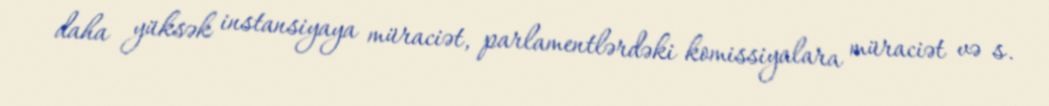
daha yüksək instansiyaya müraciət, parlamentlərdəki komissiyalara müraciət və s.